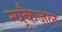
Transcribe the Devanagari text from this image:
न्यूकैज़ल